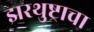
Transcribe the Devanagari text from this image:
झरथुष्ट्राचा